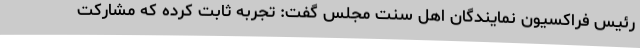
رئیس فراکسیون نمایندگان اهل سنت مجلس گفت: تجربه ثابت کرده که مشارکت